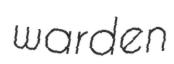
warden